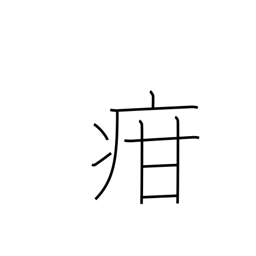
Meaning: children's diseases